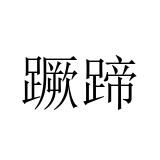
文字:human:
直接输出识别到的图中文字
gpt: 蹶蹄